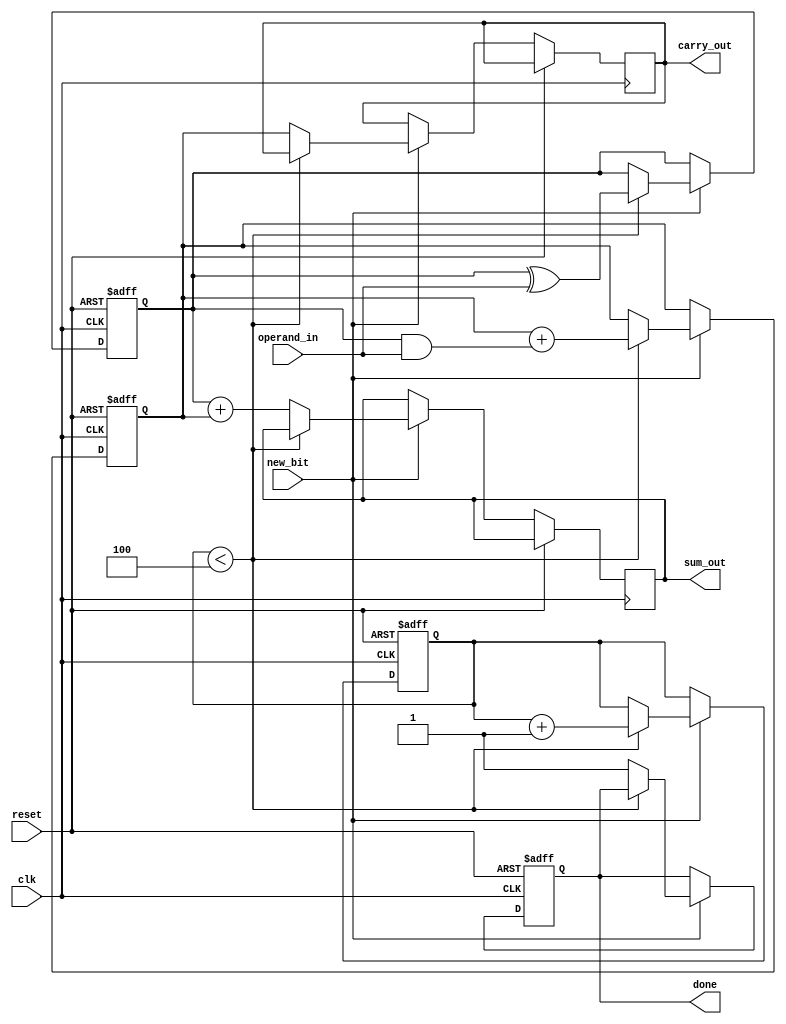
module carry_save_adder_serial (
    input wire clk,               // Clock signal
    input wire reset,             // Reset signal
    input wire new_bit,           // Control signal indicating a new bit is available
    input wire [1:0] operand_in,  // Serial input for two operands (2 bits)
    output reg [3:0] sum_out,     // Final sum output
    output reg [3:0] carry_out,    // Final carry output
    output reg done               // Signal indicating addition is complete
);

    reg [3:0] sum;                // Accumulated sum
    reg [3:0] carry;              // Accumulated carry
    reg [2:0] bit_count;          // Count of bits processed
    reg processing;                // Flag to indicate if processing is ongoing

    // Initialize registers on reset
    always @(posedge clk or posedge reset) begin
        if (reset) begin
            sum <= 4'b0000;
            carry <= 4'b0000;
            bit_count <= 3'b000;
            done <= 1'b0;
            processing <= 1'b0;
        end else if (new_bit) begin
            // Process new bits
            if (bit_count < 3'b100) begin // Assuming we are adding 4 bits
                // Carry Save Logic
                sum <= sum ^ operand_in; // Sum is XOR of current sum and new operand
                carry <= carry + (sum & operand_in); // Carry is AND of current sum and new operand
                bit_count <= bit_count + 1;
                processing <= 1'b1;
            end else begin
                // Finalize the addition after all bits are processed
                sum_out <= sum + carry; // Final sum
                carry_out <= carry;      // Final carry
                done <= 1'b1;            // Indicate completion
                processing <= 1'b0;
            end
        end
    end

endmodule